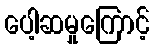
ပေါ့ဆမှုကြောင့်